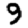
Digit: 9